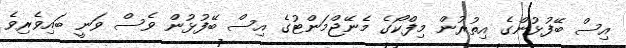
އިސް ބޭފުޅުންގެ އިތުރުން މިފްކޯގެ މެނޭޖްމަންޓުގެ އިސް ބޭފުޅުން ވެސް ވަނީ ބައިވެރިވެ